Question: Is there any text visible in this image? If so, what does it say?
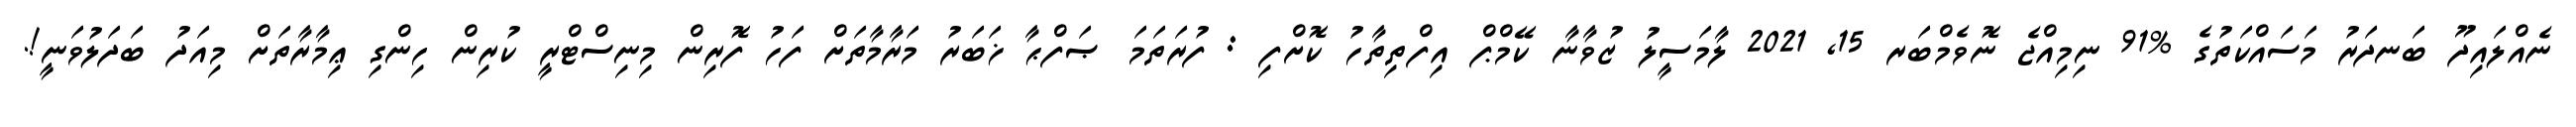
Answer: ނެއްލައިދޫ ބަނދަރު މަސައްކަތުގެ %91 ނިމިއްޖެ ނޮވެމްބަރ 15, 2021 ލާމަސީލު ޒުވާނާ ކޭމްޕް އިފްތިތާހު ކޮށްފި : ފުރަތަމަ ޞަފްޙާ ޚަބަރު މަރާމާތަށް ފަހު ފޮރިން މިނިސްޓްރީ ކުރިން ހިންގި ޢިމާރާތަށް މިއަދު ބަދަލުވަނީ!.